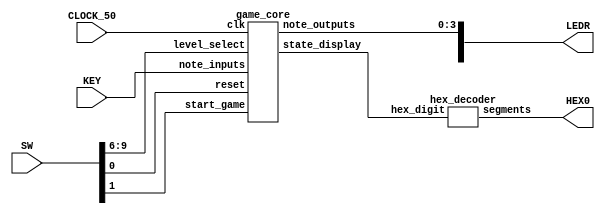
module memory_game_6(SW, KEY, CLOCK_50, LEDR, HEX0);
    input [9:0] SW;
    input [3:0] KEY;
    input CLOCK_50;
    output [9:0] LEDR;
    output [6:0] HEX0;

    wire [3:0] state_display;

    // handles game state and logic
    game_core G0(
        .clk(CLOCK_50),
        .reset(SW[0]),
	.start_game(SW[1]),
	.level_select(SW[9:6]),
        .note_inputs(KEY[3:0]),
        .note_outputs(LEDR[3:0]),
        .state_display(state_display)
    );

    // displays the current state
    hex_decoder H0(
        .hex_digit(state_display[3:0]),
        .segments(HEX0)
    );

endmodule

module game_core(
    input clk,
    input reset,
    input start_game,
    input [3:0] level_select,
    input [3:0] note_inputs,
    output reg [3:0] note_outputs,
    output [3:0] state_display
    );

    wire w_done_playback, w_done_response, w_made_mistake, w_load_level, w_start_playback,
    w_input_ready, w_enable_check, w_enable_advance, w_start_delay, w_done_delay, w_increment_level;

    // each 4-bit segment represents a note
    wire [47:0] current_level;

    // the number of notes comprising the current level
    wire [3:0] current_level_length;

    // the number of the current level
    wire [3:0] current_level_number;

    wire [3:0] playback_out;
    wire [3:0] response_out;


    // the controller manages game state
    controller C0(
        .clk(clk),
        .reset(reset),
	.start_game(start_game),

	// current FSM state, exposed for display purposes
        .current_state(state_display),

	// control signals
    	.enable_check(w_enable_check),
        .done_playback(w_done_playback),
        .done_response(w_done_response),
        .made_mistake(w_made_mistake),
    	.input_ready(w_input_ready),
        .load_level(w_load_level),
        .start_playback(w_start_playback),
    	.enable_advance(w_enable_advance),
        .start_delay(w_start_delay),
        .done_delay(w_done_delay),
	.increment_level(w_increment_level)
    );

    levels L0(
        .clk(clk),
        .reset(reset),

	// control signals
	.increment_level(w_increment_level),
	.level_select(level_select),

	// data output
	.current_level(current_level),
	.current_level_length(current_level_length),
        .current_level_number(current_level_number)
    );

    playback P0(
        .clk(clk),
        .reset(reset),

	// data
        .note_outputs(playback_out),
        .level_data(current_level),
        .level_length(current_level_length),

	// control signals
        .load_level(w_load_level),
        .start_playback(w_start_playback),
        .done_playback(w_done_playback)
    );

    response R0(
        .clk(clk),
        .reset(reset),

	// data
        .note_inputs(note_inputs),
        .level_data(current_level),
        .level_length(current_level_length),

	// control signals
        .load_level(w_load_level),
    	.input_ready(w_input_ready),
        .enable_check(w_enable_check),
        .done_response(w_done_response),
        .made_mistake(w_made_mistake),
    	.enable_advance(w_enable_advance)
    );

    delay D0(
        .clk(clk),
        .reset(reset),

        .start_delay(w_start_delay),
        .done_delay(w_done_delay)
    );



    // output key state to display, unless in challenge state
    always@(*)
    begin
        case (state_display)
		4'd2: note_outputs = playback_out;
		default: note_outputs = note_inputs;
	endcase
    end

endmodule



module controller (
    input clk,
    input reset,
    input start_game,

    input done_playback,
    input done_response,
    input made_mistake,
    input input_ready,
    input done_delay,

    output reg [3:0] current_state,

    output reg start_delay,
    output reg increment_level,
    output reg start_playback,
    output reg load_level,
    output reg enable_check,
    output reg enable_advance
    );

    reg [3:0] next_state;

    localparam  START         = 4'd0,
                LOAD          = 4'd1,
		LEVEL_SELECT  = 4'd8,
                CHALLENGE     = 4'd2,
                WAIT_RESPONSE = 4'd3,
		RCV_RESPONSE  = 4'd4,
		ADV_RESPONSE  = 4'd5,
                WON           = 4'd6,
                LOST          = 4'd7;

    // state transition logic
    always@(*)
    begin: state_table
            case (current_state)
                START: next_state = start_game ? LEVEL_SELECT : START;
		LEVEL_SELECT: next_state = LOAD;
                LOAD: next_state = CHALLENGE;
                CHALLENGE: next_state = done_playback ? WAIT_RESPONSE : CHALLENGE;
		WAIT_RESPONSE: next_state = done_response ? WON : (input_ready ? RCV_RESPONSE : WAIT_RESPONSE);
                RCV_RESPONSE: next_state = made_mistake ? LOST : ADV_RESPONSE;
		ADV_RESPONSE: next_state = WAIT_RESPONSE;
                LOST: next_state = LOST;
                WON: next_state = done_delay ? LEVEL_SELECT : WON;
            default: next_state = START;
        endcase
    end

    // control signal output logic
    always @(*)
    begin: enable_signals

        // set defaults
           start_playback = 1'b0;
           load_level = 1'b0;
	    enable_check = 1'b0;
	    enable_advance = 1'b0;
            start_delay = 1'b0;
	    increment_level = 1'b0;

        case (current_state)
            START: begin
                end
	    LEVEL_SELECT: begin
		increment_level = 1'b1;
		end
            LOAD: begin
                load_level = 1'b1;
                end
            CHALLENGE: begin
                start_playback = 1'b1;
                end
            WAIT_RESPONSE: begin
                end
	    RCV_RESPONSE: begin
		enable_check = 1'b1;
		end
	    ADV_RESPONSE: begin
		enable_advance = 1'b1;
		end
            LOST: begin
                end
            WON: begin
                start_delay = 1'b1;
                end
        endcase
    end

    // update state
    always@(posedge clk)
    begin: state_FFs
        if(reset)
            current_state <= START;
        else
            current_state <= next_state;
    end

endmodule



module levels (
    input clk,
    input reset,

    input increment_level,
    input [3:0] level_select,

    output reg [47:0] current_level,
    output reg [3:0] current_level_length,
    output reg [3:0] current_level_number
    );

    wire [31:0] random_out;
    reg [47:0] random_level;

    always @(posedge clk)
    begin
    if (reset)
        // whenevre we reset, start at the level indicated by level_select
        current_level_number <= level_select;
    else if (increment_level)
        begin
            // increment the level counter and generate a new random level
            current_level_number <= current_level_number + 1;
            random_level <= {bits_to_notes(random_out[1:0]), 4'b0000,
                             bits_to_notes(random_out[3:2]), 4'b0000,
                             bits_to_notes(random_out[5:4]), 4'b0000,
                             bits_to_notes(random_out[7:6]), 4'b0000,
                             bits_to_notes(random_out[9:7]), 4'b0000,
                             bits_to_notes(random_out[11:10]), 4'b0000};
        end
    end


    // loads a level based on current_level_number
    always @(posedge clk)
    begin
        case (current_level_number)
            4'b0000: begin
		// dummy level (is never used)
		current_level_length <= 0;
		current_level <= 0;
		end
            4'b0001: begin
		// levels 1-3 are hard-coded
		current_level_length <= 8;
		current_level <= 48'b0001_0000_0010_0000_0100_0000_1000_0000_0000_0000_0000_0000;
		end
            4'b0010: begin
		current_level_length <= 10;
		current_level <= 48'b0001_0000_0010_0000_0010_0000_0001_0000_0001_0000_0000_0000;
		end
            4'b0011: begin
		current_level_length <= 12;
		current_level <= 48'b0100_0000_0010_0000_0001_0000_0100_0000_0010_0000_0001_0000;
		end
            default: begin
		// levels 4+ are randomly generated:
		current_level_length <= 12;
		current_level <= random_level;
		end
        endcase
    end


    // real-time counter used for random number generation
    ratedivider RAND_COUNT  (
        .clock(clk),
        .period(1024),
        .reset(reset),
        .q(random_out));


    // LUT for converting random numbers into note format
    function [3:0] bits_to_notes;
    input [1:0] in_bits;
    begin
        case(in_bits)
            2'b00: bits_to_notes = 4'b0001;
            2'b01: bits_to_notes = 4'b0010;
            2'b10: bits_to_notes = 4'b0100;
            2'b11: bits_to_notes = 4'b1000;
            default: bits_to_notes = 4'b0000;
        endcase
    end
    endfunction


endmodule



// this modules causes a 0.5-second pause when triggered
module delay(
    input clk,
    input reset,

    input start_delay,
    output done_delay
    );

    wire [31:0] ratedivider_out;

    assign done_delay = (start_delay && (ratedivider_out == 0)) ? 1 : 0;

    ratedivider_en A0 (
        .clock(clk),
        .period(8), // change this to 25000000
	.enable(start_delay),
        .reset(reset),
        .q(ratedivider_out));

endmodule




module response (
    input clk,
    input reset,

    input [47:0] level_data,
    input [3:0] level_length,
    input [3:0] note_inputs,
    input load_level,
    input enable_check,
    input enable_advance,

    output reg done_response,
    output reg made_mistake,
    output reg input_ready

    );

    wire [3:0] correct_note;
    wire [3:0] response_counter_state;

    // if we want multiple notes, maybe set this to negedge
    // but also retain previous inputs to check against
    always@(note_inputs[0], note_inputs[1], note_inputs[2], note_inputs[3])
    begin
    	input_ready <= 1'b1;
    end

    always@(enable_check)
    begin
	input_ready <= 1'b0;
        if(correct_note == note_inputs)
            made_mistake <= 1'b0;
        else
            made_mistake <= 1'b1;
    end

    always@(posedge clk)
    begin
            if (response_counter_state == 4'b0000)
                done_response <= 1'b1;
            else
                done_response <= 1'b0;
    end


    shifter RESPONSE_SHIFTER (
        .clock(clk),
        .enable(enable_advance),
        .load(load_level),
        .reset(reset),
        .data(level_data),
        .out(correct_note));

    counter RESPONSE_COUNTER (
        .clock(clk),
        .reset(reset),
	.load(load_level),
        .max(level_length),
        .enable(enable_advance),
        .q(response_counter_state));

endmodule





module playback (
    input clk,
    input reset,

    input [47:0] level_data,
    input [3:0] level_length,
    input load_level,
    input start_playback,

    output wire [3:0] note_outputs,
    output reg done_playback
    );

    // duration (in clock cycles) of notes during challenge
    wire [31:0] period =  6; // 25000000;

    wire enable_playback;
    wire [31:0] ratedivider_out;
    wire [3:0] playback_count;

    assign enable_playback = ((ratedivider_out == 0) && start_playback) ? 1 : 0;

    always@(posedge clk)
    begin
        if (playback_count == 4'b0000)
            done_playback <= 1'b1;
        else
            done_playback <= 1'b0;
    end

    ratedivider A0 (
        .clock(clk),
        .period(period),
        .reset(load_level), // changed from reset
        .q(ratedivider_out));

    shifter PLAYBACK_SHIFTER (
        .clock(clk),
        .enable(enable_playback),
        .load(load_level),
        .reset(reset),
        .data(level_data),
        .out(note_outputs));

    counter PLAYBACK_COUNTER (
        .clock(clk),
        .load(load_level),
        .reset(reset),
        .max(level_length),
        .enable(enable_playback),
        .q(playback_count));

endmodule



module hex_decoder(hex_digit, segments);
    input [3:0] hex_digit;
    output reg [6:0] segments;

    always @(*)
        case (hex_digit)
            4'h0: segments = 7'b100_0000;
            4'h1: segments = 7'b111_1001;
            4'h2: segments = 7'b010_0100;
            4'h3: segments = 7'b011_0000;
            4'h4: segments = 7'b001_1001;
            4'h5: segments = 7'b001_0010;
            4'h6: segments = 7'b000_0010;
            4'h7: segments = 7'b111_1000;
            4'h8: segments = 7'b000_0000;
            4'h9: segments = 7'b001_1000;
            4'hA: segments = 7'b000_1000;
            4'hB: segments = 7'b000_0011;
            4'hC: segments = 7'b100_0110;
            4'hD: segments = 7'b010_0001;
            4'hE: segments = 7'b000_0110;
            4'hF: segments = 7'b000_1110;
            default: segments = 7'h7f;
        endcase
endmodule



module shifter(clock, enable, load, reset, data, out);

    input clock, enable, load, reset;
    input [47:0] data;
    output [3:0] out;
    reg [47:0] state;

    // async load and reset
    always @(posedge clock, posedge load, posedge reset)
    begin
        if (load)
            state = data;
        else if (reset)
            state = 0;
        else if (enable == 1'b1)
            state = state << 4;
    end

    assign out = state[47:44];

endmodule



module ratedivider (clock, period, reset, q);

    input clock;
    input reset;
    input [31:0] period;
    output reg [31:0] q;

    always @(posedge clock, posedge reset)
    begin
        if (reset)
            q <= period - 1;
        else
            begin
                if (q == 0)
                    q <= period - 1;
                else
                    q <= q - 1'b1;
            end
    end

endmodule

module ratedivider_en (clock, period, reset, enable, q);

    input clock;
    input reset;
    input enable;
    input [31:0] period;
    output reg [31:0] q;

    always @(posedge clock, posedge reset)
    begin
        if (reset)
            q <= period - 1;
        else if (enable == 1'b1)
            begin
                if (q == 0)
                    q <= period - 1;
                else
                    q <= q - 1'b1;
            end
    end

endmodule



module counter (clock, reset, load, max, enable, q);

    input clock;
    input reset;
    input load;
    input [3:0] max;
    input enable;
    output reg [3:0] q;

    always @(posedge clock, posedge load, posedge reset)
    begin
        if (reset)
            q <= 4'b1111;
	else if (load)
	    q <= max;
        else if (enable == 1'b1)
            begin
                if (q == 0)
                    q <= max;
                else
                    q <= q - 1'b1;
            end
    end

endmodule